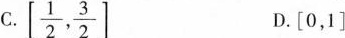
C. \left[ \frac{1}{2}, \frac{3}{2}\right] D.[0，1]